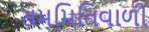
સમમિતિવાળી